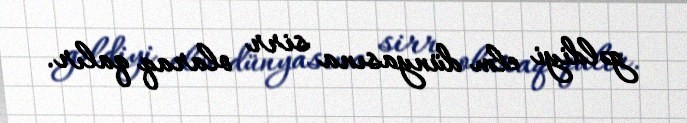
gəldiyi elm dünyasına sirr olaraq qalır.